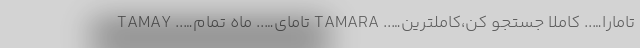
تامارا….. کاملا جستجو کن،کاملترین….. TAMARA تامای….. ماه تمام….. TAMAY